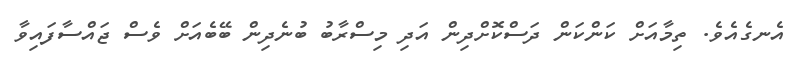
އެނގެއެވެ. ތިމާއަށް ކަންކަން ދަސްކޮށްދިން އަދި މިސްރާބު ބުނެދިން ބޭބެއަށް ވެސް ޖައްސާފައިވާ